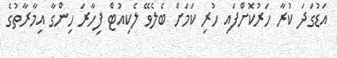
އަޑުގަދަ ކުރާ ހަރުކޮށްފައި ހުރި ކަމަށް ބެލެވޭ ލެކިއުޓް ފިހާރަ ހިންގާ އިމާރާތުގެ